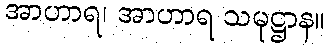
အာဟာရ၊ အာဟာရ သမုဋ္ဌာန။